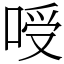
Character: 㖟